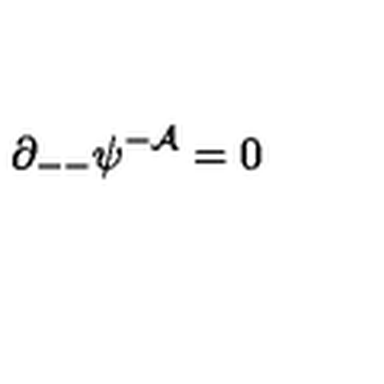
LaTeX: \partial _ { -- } \psi ^ { - { \cal A } } = 0